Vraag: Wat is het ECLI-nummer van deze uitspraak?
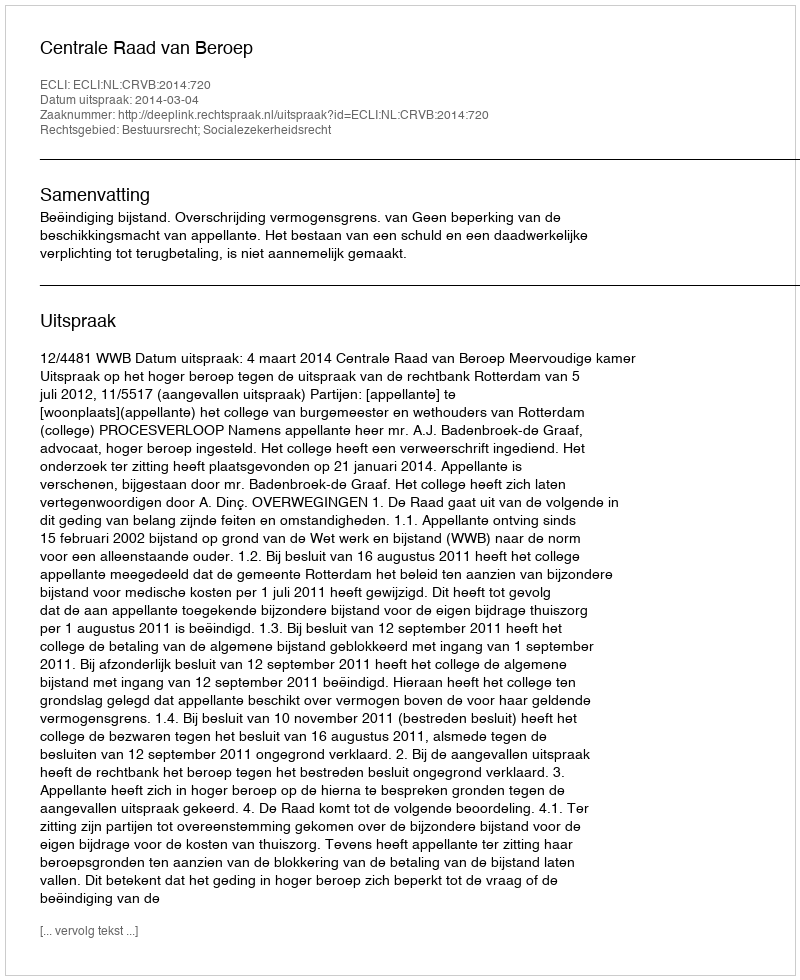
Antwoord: ECLI:NL:CRVB:2014:720